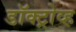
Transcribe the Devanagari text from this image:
डॉक्ट्रोव्ह